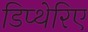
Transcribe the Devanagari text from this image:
डिप्थेरिए